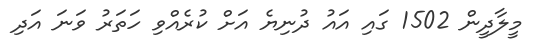
މީލާދީން 1502 ގައި އައު ދުނިޔެ އަށް ކުރެއްވި ހަތަރު ވަނަ އަދި